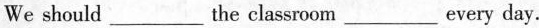
We should ___ the classroom ___ every day.